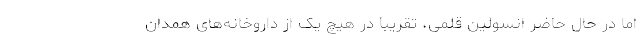
اما در حال حاضر انسولین قلمی، تقریبا در هیچ یک از داروخانه‌های همدان